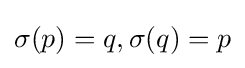
\sigma (p)=q,\sigma (q)=p